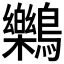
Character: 𪇱